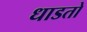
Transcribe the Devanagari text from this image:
धाडतो